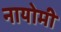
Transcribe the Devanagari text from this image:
नायोमी